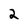
Character: 2